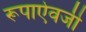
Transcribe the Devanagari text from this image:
रूपाऐवजी